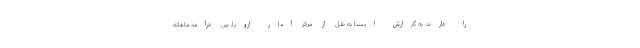
را دارند. به گزارش ایسنا به نقل از مرکز آمار اروپا، بین درآمد ماهانه